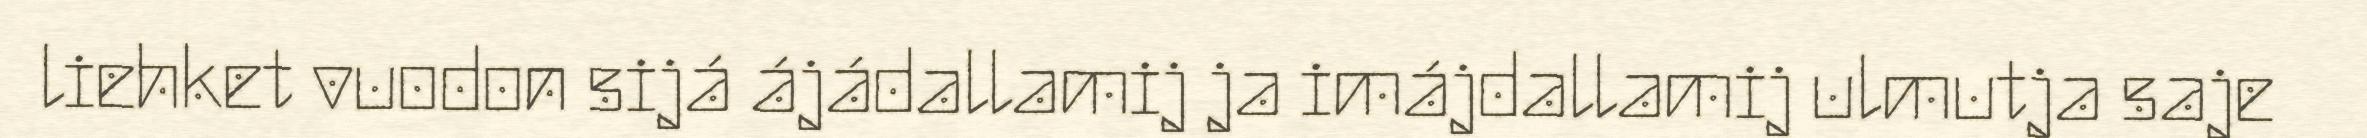
liehket vuodon sijá ájádallamij ja imájdallamij ulmutja saje